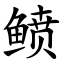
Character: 鲼